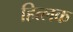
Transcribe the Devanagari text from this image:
हित्लक